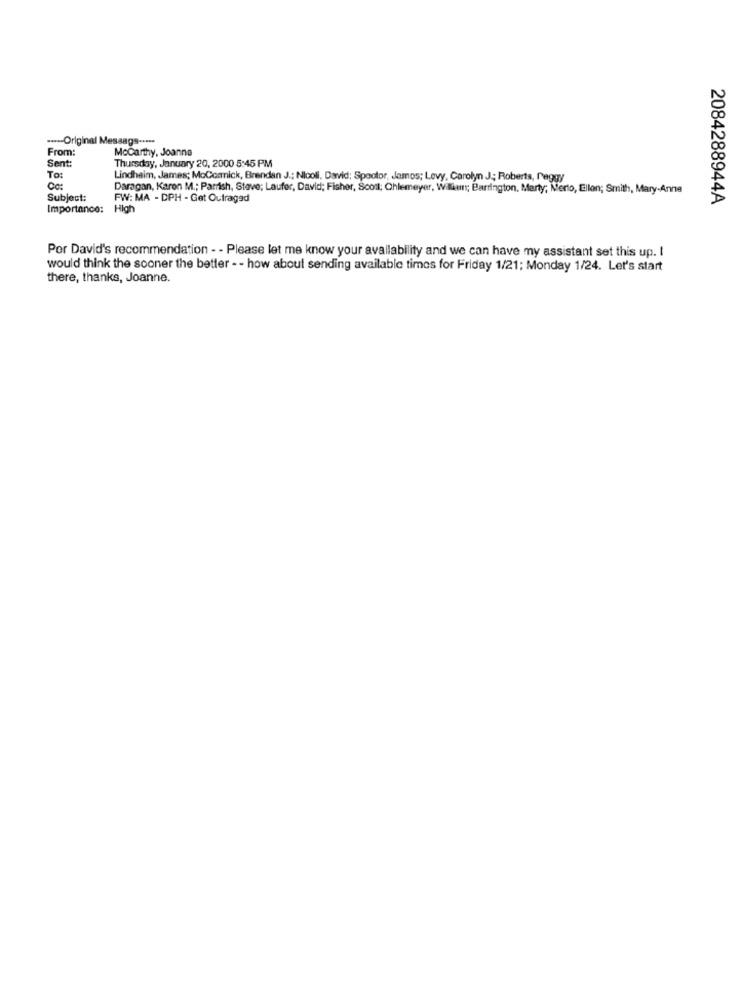
---- Original Message -****
From:
Mccarthy, Joanna
Sent:
Thursday, January 20, 2000 5:45 PM
To:
Lindheim, James; MoCormick, Brendan J .; Nicoll. David; Spector, damos; Levy, Carolyn J; Roberts, Peggy
Cc:
Daragan, Karen M .; Parrish, Steve; Laufer, David; Fisher, Scott; Chlemeyer, Wilkun; Barrington, Marty; Merto, Ellon; Smith, Mary-Anne
Subject:
FW: MA - DPH - Get Outraged
2084288944A
Importance: High
Por David's recommendation - - Please let me know your availability and we can have my assistant set this up. I
would think the sooner the better - - how about sending available times for Friday 1/21; Monday 1/24. Let's start
there, thanks, Joanne.